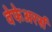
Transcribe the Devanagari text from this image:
वेफेअरर्स